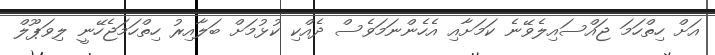
އަށް ހިތްހަމަ ޖައްސައިލެވޭނެ ކަމަށާއި އެހެންނަމަވެސް ދެއްކި ކުޅުމަށް ބަލާއިރު ހިތްހަމަޖެހޭނީ ލިވަޕޫލް